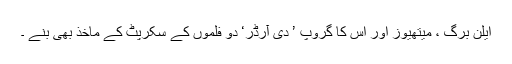
ایلن برگ ، میتھیوز اور اس کا گروپ ’ دی آرڈر‘ دو فلموں کے سکرپٹ کے ماخذ بھی بنے ۔